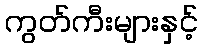
ကွတ်ကီးများနှင့်